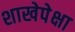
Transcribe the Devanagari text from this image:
शाखेपेक्षा